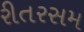
રીતરસમ